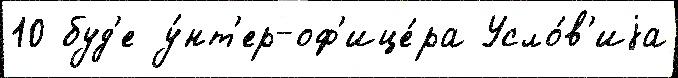
10 буд'е у́нт'ер-оф'ице́ра Усло́в'иjа